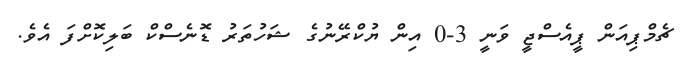
ޗެމްޕިއަން ޕީއެސްޖީ ވަނީ 3-0 އިން ޔުކްރޭނުގެ ޝަހުތަރު ޑޮނެސްކް ބަލިކޮށްފަ އެވެ.